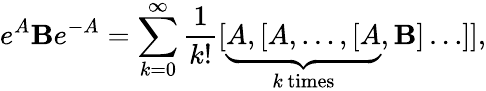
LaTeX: e^{A}\mathbf{B}e^{-A}=\sum_{k=0}^{\infty}{\frac{{1}}{{k!}}}[\underbrace{{A,[A,\dots,[A}}_{k\, {\mathrm{{times}}}},\mathbf{B}]\dots]],